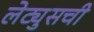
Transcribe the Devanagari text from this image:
लेट्युसची